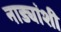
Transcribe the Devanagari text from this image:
नाड्यांशी